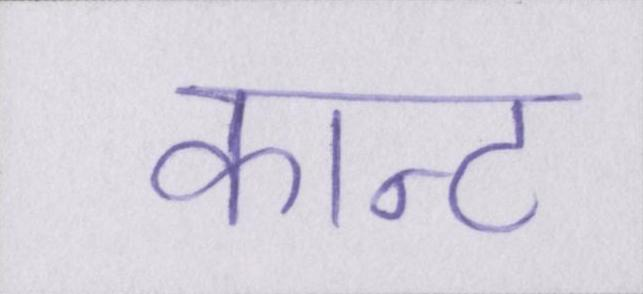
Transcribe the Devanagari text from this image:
कान्ट